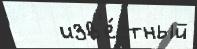
   изв'е́стный